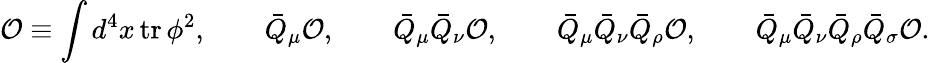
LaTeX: {\cal O}\equiv\int d^{4}x\, \mathrm{tr}\, \phi^{2},\qquad\bar{Q}_{\mu}{\cal O},\qquad\bar{Q}_{\mu}\bar{Q}_{\nu}{\cal O},\qquad\bar{Q}_{\mu}\bar{Q}_{\nu}\bar{Q}_{\rho}{\cal O},\qquad\bar{Q}_{\mu}\bar{Q}_{\nu}\bar{Q}_{\rho}\bar{Q}_{\sigma}{\cal O}.